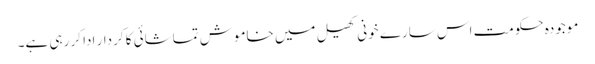
موجودہ حکومت اس سارے خونی کھیل میں خاموش تماشائی کا کردار ادا کر رہی ہے۔